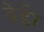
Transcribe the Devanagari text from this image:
वेर्डेर